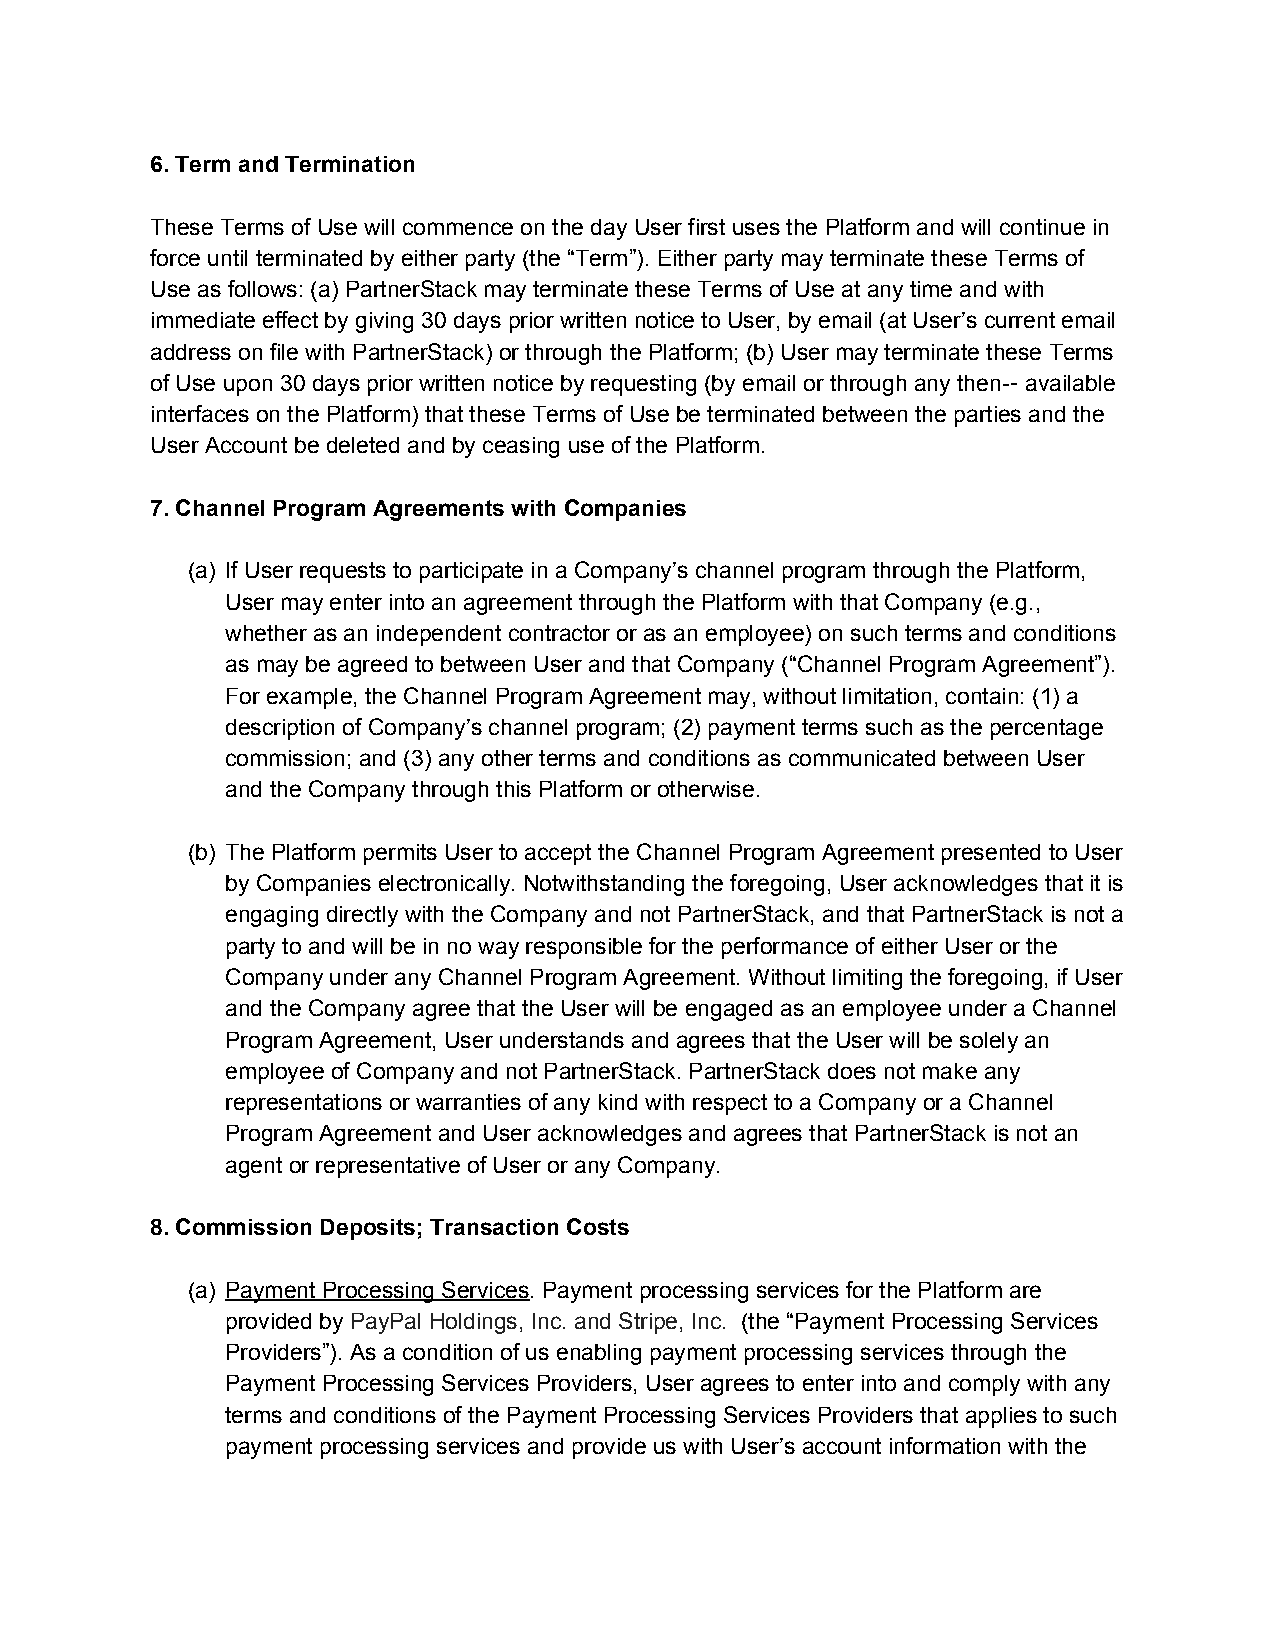
6. Term and Termination
 These Terms of Use will commence on the day User first uses the Platform and will continue in
 force until terminated by either party (the “Term”). Either party may terminate these Terms of
 Use as follows: (a) PartnerStack may terminate these Terms of Use at any time and with
 immediate effect by giving 30 days prior written notice to User, by email (at User’s current email
 address on file with PartnerStack) or through the Platform; (b) User may terminate these Terms
 of Use upon 30 days prior written notice by requesting (by email or through any then- available
 ​-
 interfaces on the Platform) that these Terms of Use be terminated between the parties and the
 User Account be deleted and by ceasing use of the Platform.
 7. Channel Program Agreements with Companies
 (a) If User requests to participate in a Company’s channel program through the Platform,
 User may enter into an agreement through the Platform with that Company (e.g.,
 whether as an independent contractor or as an employee) on such terms and conditions
 as may be agreed to between User and that Company (“Channel Program Agreement”).
 For example, the Channel Program Agreement may, without limitation, contain: (1) a
 description of Company’s channel program; (2) payment terms such as the percentage
 commission; and (3) any other terms and conditions as communicated between User
 and the Company through this Platform or otherwise.
 (b) The Platform permits User to accept the Channel Program Agreement presented to User
 by Companies electronically. Notwithstanding the foregoing, User acknowledges that it is
 engaging directly with the Company and not PartnerStack, and that PartnerStack is not a
 party to and will be in no way responsible for the performance of either User or the
 Company under any Channel Program Agreement. Without limiting the foregoing, if User
 and the Company agree that the User will be engaged as an employee under a Channel
 Program Agreement, User understands and agrees that the User will be solely an
 employee of Company and not PartnerStack. PartnerStack does not make any
 representations or warranties of any kind with respect to a Company or a Channel
 Program Agreement and User acknowledges and agrees that PartnerStack is not an
 agent or representative of User or any Company.
 8. Commission Deposits; Transaction Costs
 (a) Payment Processing Services. Payment processing services for the Platform are
 ​
 provided by PayPal Holdings, Inc. and Stripe, Inc. (the “Payment Processing Services
 ​                        ​
 Providers”). As a condition of us enabling payment processing services through the
 Payment Processing Services Providers, User agrees to enter into and comply with any
 terms and conditions of the Payment Processing Services Providers that applies to such
 payment processing services and provide us with User’s account information with the